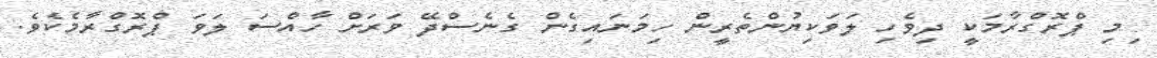
ިމި ޕްރޮގްރާމަކީ ދިވެހި ލަވަކިޔުންތެރީން ހިމަނައިގެން ގެނެސްދޭ ވަރަށް ހާއްސަ ލަވަ ޕްރޮގްރާމެކެވެ.